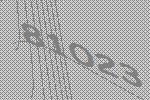
81023